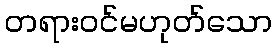
တရားဝင်မဟုတ်သော